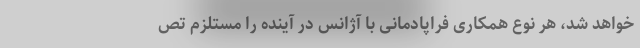
خواهد شد، هر نوع همکاری فراپادمانی با آژانس در آینده را مستلزم تص